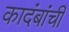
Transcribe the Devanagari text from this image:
कादंबांची